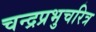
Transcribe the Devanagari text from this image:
चन्द्रप्रभुचरित्र